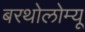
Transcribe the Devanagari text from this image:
बरथोलोम्यू